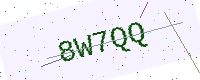
Text: 8W7QQ